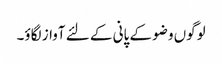
لوگوں وضو کے پانی کے لئے آواز لگاؤ۔